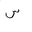
Letter: _sin